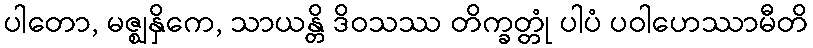
ပါတော, မဇ္ဈနှိကေ, သာယန္တိ ဒိဝသဿ တိက္ခတ္တုံ ပါပံ ပဝါဟေဿာမီတိ